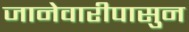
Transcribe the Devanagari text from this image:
जानेवारीपासुन